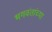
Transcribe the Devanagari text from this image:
भगवंतांच्या